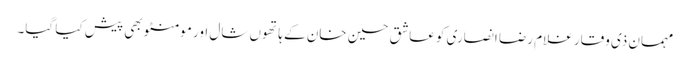
مہمان ذی وقار غلام رضا انصاری کو عاشق حسین خان کے ہاتھوں شال اور مومنٹو بھی پیش کیا گیا۔